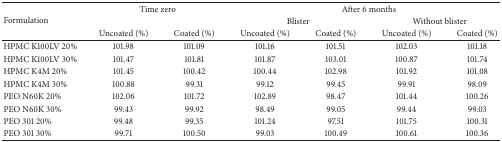
<table><thead><tr><td rowspan="3"><b>Formulation</b></td><td colspan="2"><b>Time zero</b></td><td colspan="4"><b>After 6 months</b></td></tr><tr><td><b> </b></td><td><b> </b></td><td colspan="2"><b>Blister</b></td><td colspan="2"><b>Without blister</b></td></tr><tr><td><b>Uncoated (%)</b></td><td><b>Coated (%)</b></td><td><b>Uncoated (%)</b></td><td><b>Coated (%)</b></td><td><b>Uncoated (%)</b></td><td><b>Coated (%)</b></td></tr></thead><tbody><tr><td>HPMC K100LV 20%</td><td>101.98</td><td>101.09</td><td>101.16</td><td>101.51</td><td>102.03</td><td>101.18</td></tr><tr><td>HPMC K100LV 30%</td><td>101.47</td><td>101.81</td><td>101.87</td><td>103.01</td><td>100.87</td><td>101.74</td></tr><tr><td>HPMC K4M 20%</td><td>101.45</td><td>100.42</td><td>100.44</td><td>102.98</td><td>101.92</td><td>101.08</td></tr><tr><td>HPMC K4M 30%</td><td>100.88</td><td>99.31</td><td>99.12</td><td>99.45</td><td>99.91</td><td>98.09</td></tr><tr><td>PEO N60K 20%</td><td>102.06</td><td>101.72</td><td>102.89</td><td>98.47</td><td>101.44</td><td>100.26</td></tr><tr><td>PEO N60K 30%</td><td>99.43</td><td>99.92</td><td>98.49</td><td>99.05</td><td>99.44</td><td>99.03</td></tr><tr><td>PEO 301 20%</td><td>99.48</td><td>99.35</td><td>101.24</td><td>97.51</td><td>101.75</td><td>100.31</td></tr><tr><td>PEO 301 30%</td><td>99.71</td><td>100.50</td><td>99.03</td><td>100.49</td><td>100.61</td><td>100.36</td></tr></tbody></table>